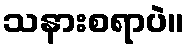
သနားစရာပဲ။